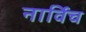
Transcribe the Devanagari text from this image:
नार्विच